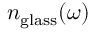
n _ { \mathrm { g l a s s } } ( \omega )